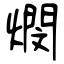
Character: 燘